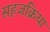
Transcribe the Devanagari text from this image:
सहजक्रिया